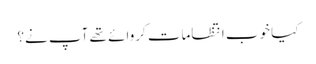
کیا خوب انتظامات کروائے تھے آپ نے؟